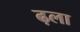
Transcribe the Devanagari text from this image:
ढ़ला